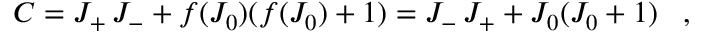
C = J _ { + } \, J _ { - } + f ( J _ { 0 } ) ( f ( J _ { 0 } ) + 1 ) = J _ { - } \, J _ { + } + J _ { 0 } ( J _ { 0 } + 1 ) \; \; \; ,